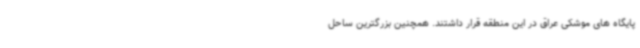
پایگاه های موشکی عراق در این منطقه قرار داشتند. همچنین بزرگترین ساحل